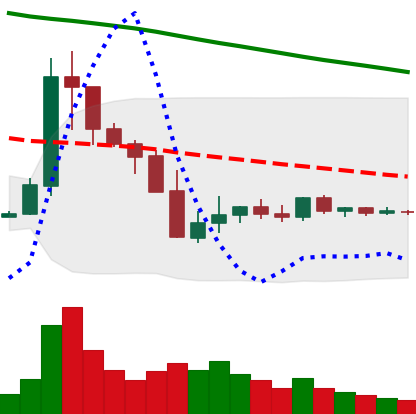
Ticker: XLM-USD
Chart end date: 2019-10-05
Forward return: 4.906%
Label: up_3_5